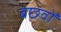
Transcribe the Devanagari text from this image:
बछवों